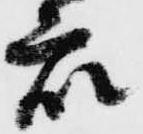
衆